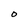
Character: O